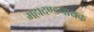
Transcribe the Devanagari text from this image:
महादण्डनायक